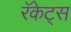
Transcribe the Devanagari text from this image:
रॅकेट्स